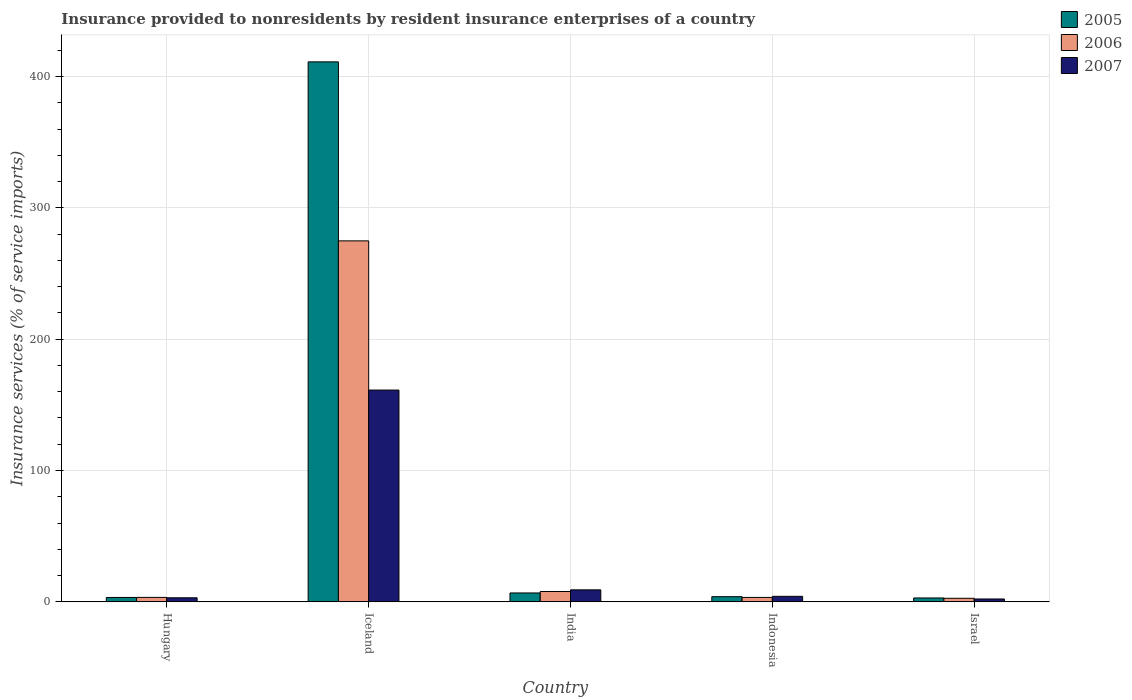
| Country | 2005 | 2006 | 2007 |
 | --- | --- | --- | --- |
 | Hungary | 3.36 | 3.4 | 3.11 |
 | Iceland | 411 | 275 | 161 |
 | India | 6.78 | 7.9 | 9.16 |
 | Indonesia | 3.95 | 3.38 | 4.22 |
 | Israel | 2.98 | 2.73 | 2.21 |